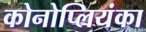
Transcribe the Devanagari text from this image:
कोनोप्लियंका